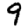
Digit: 9